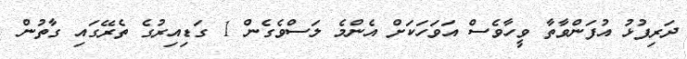
ދަރިފުޅު އުފަންވާތާ ވީހާވެސް އަވަހަކަށް އެންމެ ލަސްވެގެން 1 ގަޑިއިރުގެ ތެރޭގައި ގާތުން